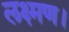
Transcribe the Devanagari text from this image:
लक्ष्मण।